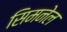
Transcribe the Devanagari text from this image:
सिमनेल